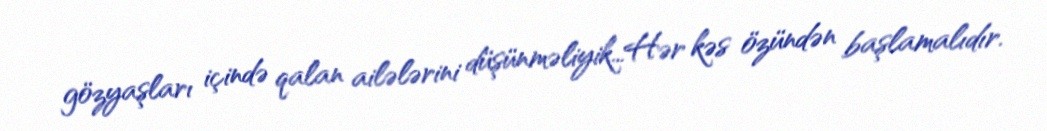
gözyaşları içində qalan ailələrini düşünməliyik…Hər kəs özündən başlamalıdır.